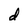
Character: d